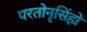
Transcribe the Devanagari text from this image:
परतोनृसिंहो